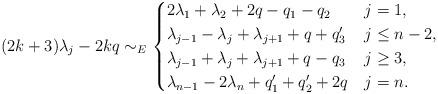
LaTeX: \begin{align*}(2k+3) \lambda_j - 2kq \sim_E\begin{cases}2\lambda_1 + \lambda_2 + 2q -q_1-q_2 & j=1, \\\lambda_{j-1} -\lambda_j + \lambda_{j+1} +q + q'_3 & j \leq n-2 , \\\lambda_{j-1} +\lambda_j + \lambda_{j+1} +q - q_3 & j \geq 3 , \\\lambda_{n-1} - 2\lambda_n + q'_1+ q'_2 +2q & j = n. \\\end{cases}\end{align*}